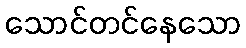
သောင်တင်နေသော